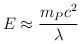
LaTeX: \begin{align*} E \approx \frac{m_P c^2}{\lambda}\end{align*}